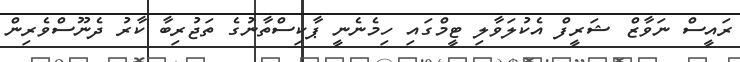
ރައީސް ނަވާޒް ޝަރީފް އެކުލަވާލި ޓީމްގައި ހިމެނެނީ ޕާކިސްތާނުގެ ތަޖުރިބާ ކާރު ދެނޫސްވެރިން